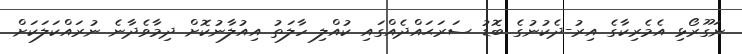
ނަގޫރޯޅި އެމެރިކާގެ އިރު-ދެކުނުގެ ބޮޑު ސަރަޙައްދެއްގައި ކުއްލި ހާލަތު އިއުލާނުކޮށް ދިމާވެދާނެ ނުރައްކަލަކަށް